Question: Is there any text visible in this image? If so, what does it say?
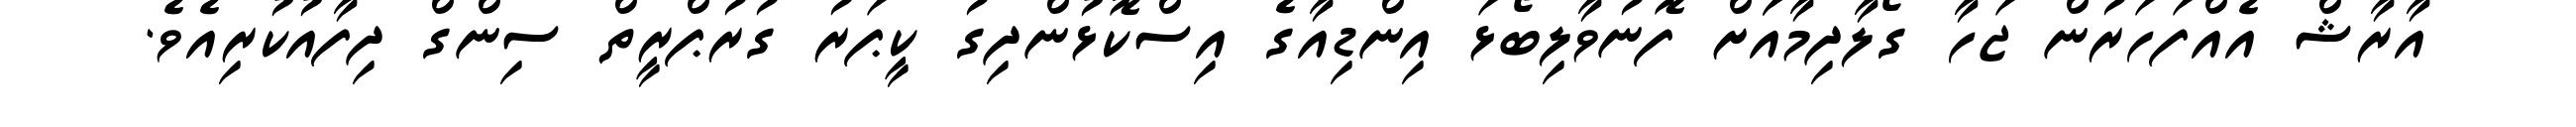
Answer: އާރާޝް އެއްފަހަރުން ޖަހާ ގޯލާދިމާއަަށް ފޮނުވާލިބޯޅަ އިންޑިއާގެ އިސްކޮޅުންދިގު ކީޕަރު ގުރުޕްރީތް ސިންގް ދިފާއުކުރިއެވެ.